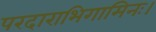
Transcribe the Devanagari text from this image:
परदाराभिगामिनः।